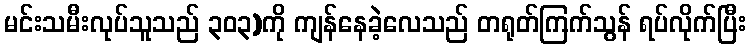
မင်းသမီးလုပ်သူသည် ၃၀၃)ကို ကျန်နေခဲ့လေသည် တရုတ်ကြက်သွန် ရပ်လိုက်ပြီး